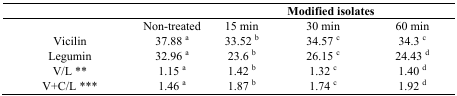
|  |  | <COLSPAN=3> Modified isolates |
 |  | Non-treated | 15 min | 30 min | 60 min |
 | --- | --- | --- | --- | --- |
 | Vicilin | 37.88 a | 33.52 b | 34.57 c | 34.3 c |
 | Legumin | 32.96 a | 23.6 b | 26.15 c | 24.43 d |
 | V/L ** | 1.15 a | 1.42 b | 1.32 c | 1.40 d |
 | V+C/L *** | 1.46 a | 1.87 b | 1.74 c | 1.92 d |